Annual administration report of the Civil Veterinary Department of India - 1898-1899
Year: 1898
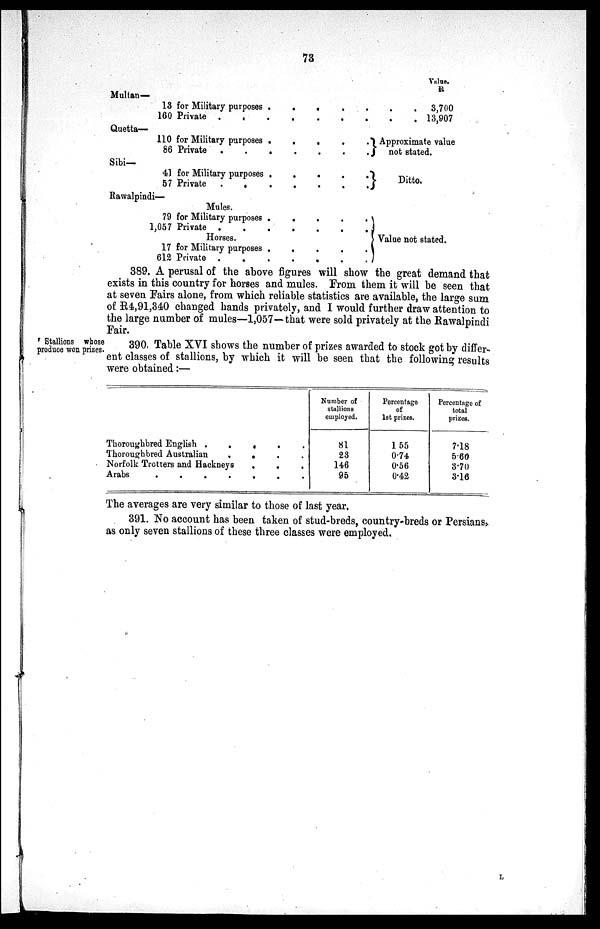
73
Multan—
13 for Military purposes . . . . . . . .
160 Private . . . . . . . . . .
Quetta—
110 for Military purposes . . . . . . . .
86 Private
. . . . . . . . .
Sib—
41 for Military purposes . . . . . . . .
57 Private
.
. . . . . . . .
Rawalpindi—
Mules.
79 for Military purposes . . . . . . .
1,057 Private . . . . . . . . .
Horses.
17 for Military purposes . . . . . . . .
612 Private . . . . . . . . .
Value.
R
.
3,700
. 13,907
Approximate value
not stated.
Ditto.
Value not stated.
389. A perusal of the above figures will show the great demand that
exists in this country for horses and mules. From them it will be seen that
at seven Fairs alone, from which reliable statistics are available, the large sum
of R4,91,340 changed hands privately, and I would further draw attention to
the large number of mules—1,057—that were sold privately at the Rawalpindi
Fair.
Stallions whose
produce won prizes.
390. Table XVI shows the number of prizes awarded to stock got by differ-
ent classes of stallions, by which it will be seen that the following results
were obtained:—
Thoroughbred English . . . .
Thoroughbred Australian
. . . .
Norfolk Trotters and Haekneys
.
. . .
Arabs
.
.
.
.
.
.
.
Number of
stallions
employed.
81
23
146
95
Percentage
of
1st prizes.
155
0.74
0.56
0.42
Percentage of
total
prizes.
7.18
5.60
3.70
3.16
The averages are very similar to those of last year.
391. No account has been taken of stud-breds, country-breds or Persians,
as only seven stallions of these three classes were employed.